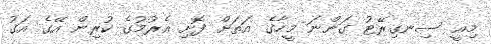
މިއީ ސިނގިރޭޓު ގަންނަ މީހާގެ އަތަށް ފޮށި އެރުމުގެ ކުރިން އޭގެ އަގު